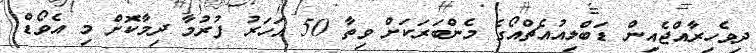
ދިވެހިރާއްޖެއިން ޑަބްލިއުއެޗްއޯގެ މެންބަރަކަށް ވިތާ 50 އަހަރު ފުރުމާ ދިމާކޮށް މި އެވޯޑް